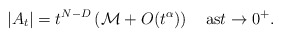
\begin{align*}|A_t|= t^{N-D}\left({\mathcal {M}}+O(t^\alpha)\right)\quad\mathrm{as}t\to0^+.\end{align*}